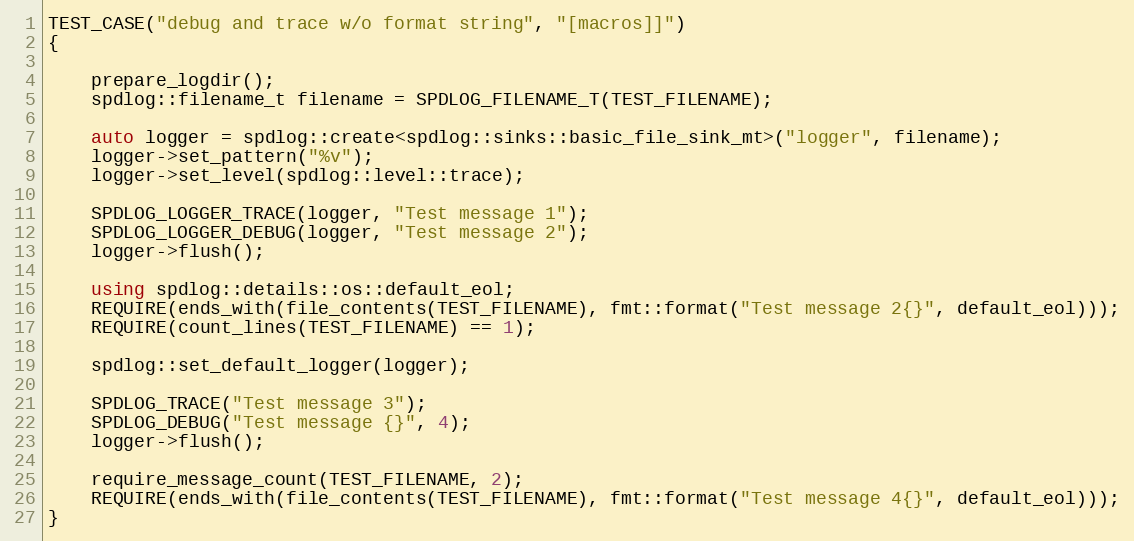
Language: C++
TEST_CASE("debug and trace w/o format string", "[macros]]")
{

    prepare_logdir();
    spdlog::filename_t filename = SPDLOG_FILENAME_T(TEST_FILENAME);

    auto logger = spdlog::create<spdlog::sinks::basic_file_sink_mt>("logger", filename);
    logger->set_pattern("%v");
    logger->set_level(spdlog::level::trace);

    SPDLOG_LOGGER_TRACE(logger, "Test message 1");
    SPDLOG_LOGGER_DEBUG(logger, "Test message 2");
    logger->flush();

    using spdlog::details::os::default_eol;
    REQUIRE(ends_with(file_contents(TEST_FILENAME), fmt::format("Test message 2{}", default_eol)));
    REQUIRE(count_lines(TEST_FILENAME) == 1);

    spdlog::set_default_logger(logger);

    SPDLOG_TRACE("Test message 3");
    SPDLOG_DEBUG("Test message {}", 4);
    logger->flush();

    require_message_count(TEST_FILENAME, 2);
    REQUIRE(ends_with(file_contents(TEST_FILENAME), fmt::format("Test message 4{}", default_eol)));
}